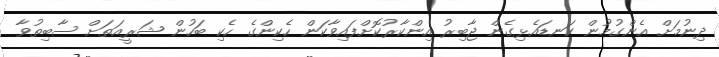
ދިނުމަށް އެންގުމުން ކަނޑައެޅިގެން ޖާބިރު އިންކާރުކޮށްފައިވާކަން ހެކިންގެ ހެކި ބަހުން ޝަރީއަތަށް ސާބިތުވާ